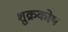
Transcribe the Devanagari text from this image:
शुक्रकोष